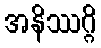
အနိဿဂ္ဂိ